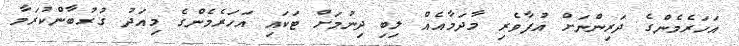
އަހަރެމެންގެ ދަރިންނަށް އުފާވެރި މާދަމާއެއް ލިބި ދިނުމަށް ޓަކައި އަހަރެމެންގެ މިއަދު ގުރުބާންކުރަމާ